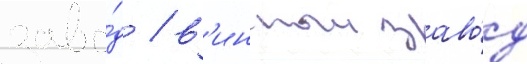
заво́д / в'инныи заво́д